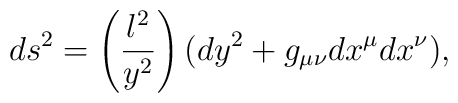
ds^2= \left(\frac{l^2}{y^2} \right)(dy^2+g_{\mu \nu} dx^{\mu} dx^{\nu}),